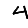
Digit: 4